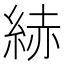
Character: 𦀗